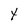
Character: Y